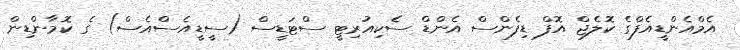
އެމްއެންޑީއެފްގެ ކޮލެޖް އޮފް ޑިފެންސް އެންޑް ސެކިއުރިޓީ ސްޓަޑީސް (ސީޑީއެސްއެސް) ގެ ކޮމާންޑިން